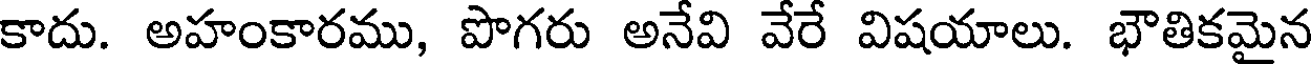
కాదు. అహంకారము, పొగరు అనేవి వేరే విషయాలు. భౌతికమైన